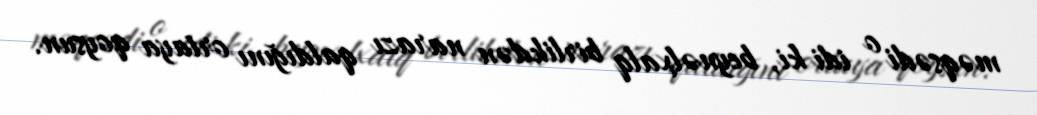
məqsədi o idi ki, beynəlxalq birlikdən narazı qaldığını ortaya qoysun.